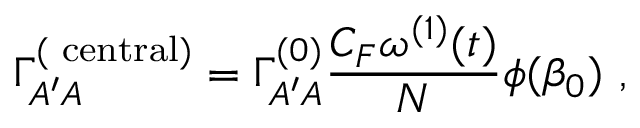
\Gamma _ { A ^ { \prime } A } ^ { ( \mathrm { \scriptsize ~ { c e n t r a l } } ) } = \Gamma _ { A ^ { \prime } A } ^ { ( 0 ) } \frac { C _ { F } \omega ^ { ( 1 ) } ( t ) } { N } \phi ( \beta _ { 0 } ) ~ ,